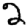
Digit: 2